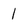
Character: 1